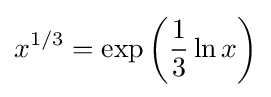
x^{1/3}=\exp \left({\frac {1}{3}}\ln {x}\right)